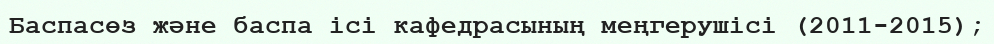
Баспасөз және баспа ісі кафедрасының меңгерушісі (2011-2015);